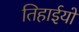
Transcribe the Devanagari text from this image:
तिहाईयों